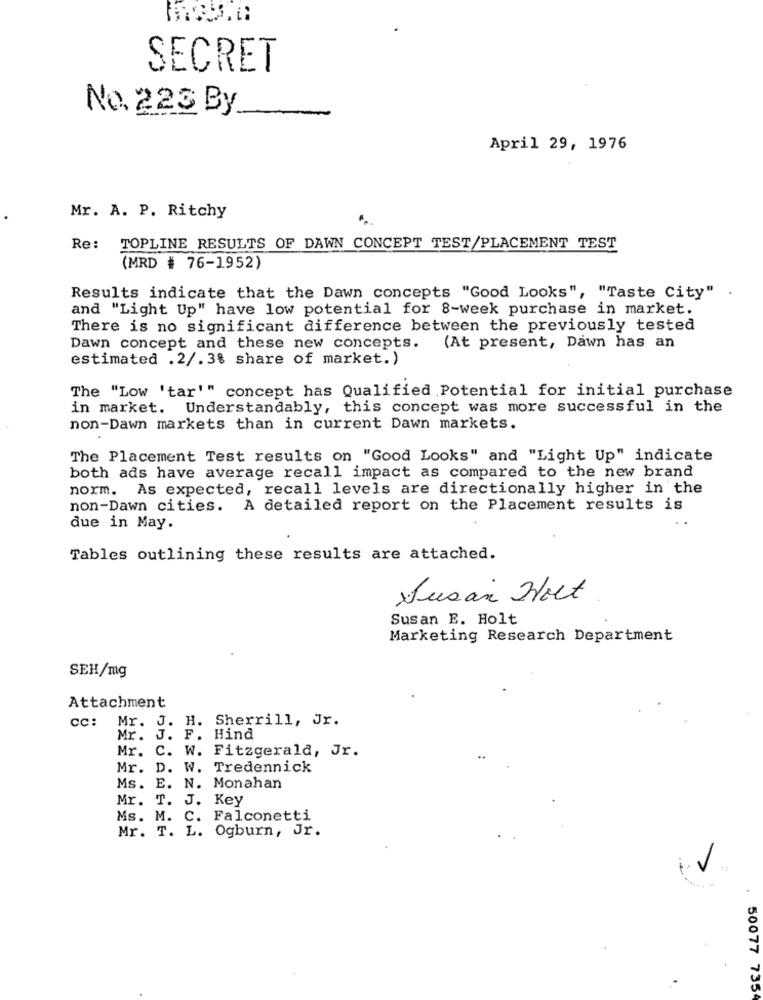
SECRET
No.223 By
April 29, 1976
Mr. A. P. Ritchy
Re: TOPLINE RESULTS OF DAWN CONCEPT TEST/PLACEMENT TEST
(MRD # 76-1952)
.
Results indicate that the Dawn concepts "Good Looks", "Taste City"
and "Light Up" have low potential for 8-week purchase in market.
There is no significant difference between the previously tested
Dawn concept and these new concepts.
(At present, Dawn has an
estimated .2/.3% share of market.)
The "Low 'tar'" concept has Qualified Potential for initial purchase
in market. Understandably, this concept was more successful in the
non-Dawn markets than in current Dawn markets.
The Placement Test results on "Good Looks" and "Light Up" indicate
both ads have average recall impact as compared to the new brand
norm. As expected, recall levels are directionally higher in the
non-Dawn cities. A detailed report on the Placement results is
que in May.
Tables outlining these results are attached.
Jusan Holt
Susan E. Holt
Marketing Research Department
SEH/mg
Attachment
cc:
Mr. J. H. Sherrill, Jr.
Mr. J. F. Hind
Mr. C. W. Fitzgerald, Jr.
Mr. I
W. Tredennick
Ms. E. N. Monahan
Mr.
T. J. Key
Ms. M. C. Falconetti
Mr. T. L. Ogburn, Jr.
50077 735